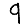
Digit: 9